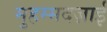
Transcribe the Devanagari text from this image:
मुहम्मदज़ाई